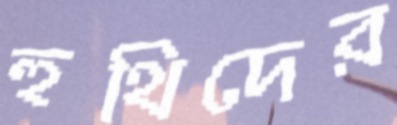
হুথিদের